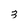
Character: 3